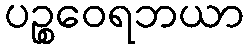
ပဉ္စဝေရဘယာ